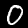
Label: 0